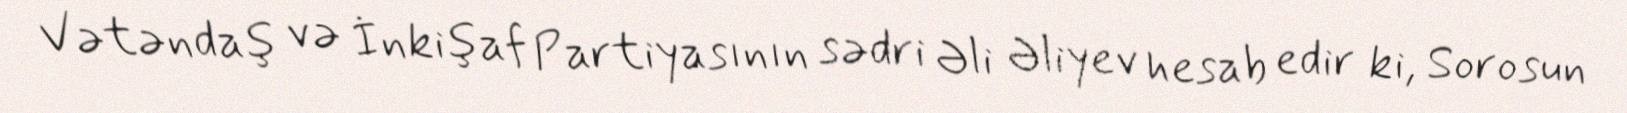
Vətəndaş və İnkişaf Partiyasının sədri Əli Əliyev hesab edir ki, Sorosun